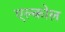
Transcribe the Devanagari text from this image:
एल्कोल